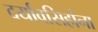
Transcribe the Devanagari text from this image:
दर्यावसिहांना